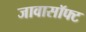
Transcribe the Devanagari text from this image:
जावासॉफ्ट